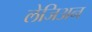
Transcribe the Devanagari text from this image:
लेजिअन